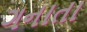
ગનાતા